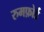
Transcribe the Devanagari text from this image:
रुमफ़ोर्ड